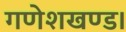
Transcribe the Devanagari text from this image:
गणेशखण्ड।